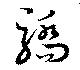
驕